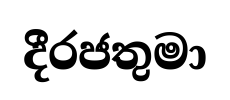
දීරජතුමා